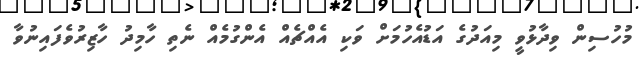
މުހުސިން ވިދާޅުވީ މިއަދުގެ އަޑުއެހުމަށް ވަކި އެއްޗެއް އެންގުމެއް ނެތި ހާމިދު ހާޒިރުވެފައިނުވާ